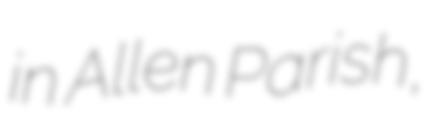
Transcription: in Allen Parish,